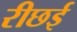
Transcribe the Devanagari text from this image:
रीछई